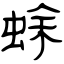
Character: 蜍